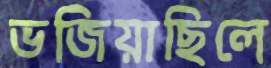
ভজিয়াছিলে